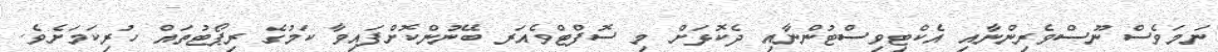
ނަމަވެސް ނޫސްވެރިންނާއި އެކްޓިވިސްޓުންނާއި ދެކޮޅަށް މި ސޮފްޓްވެއަރ ބޭނުންކޮށްފައިވާ ކަމުގެ ރިޕޯޓުތައް ހުރިކަމަށެވެ.